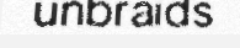
unbraids